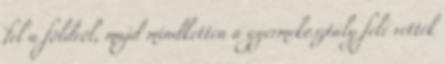
fel a földről, majd mindketten a gyermekosztály felé vették